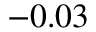
- 0 . 0 3